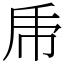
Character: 𠂰